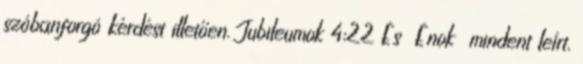
szóbanforgó kérdést illetően. Jubileumok 4:22 És Énok mindent leírt,